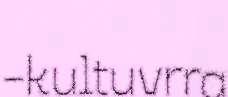
-kultuvrra